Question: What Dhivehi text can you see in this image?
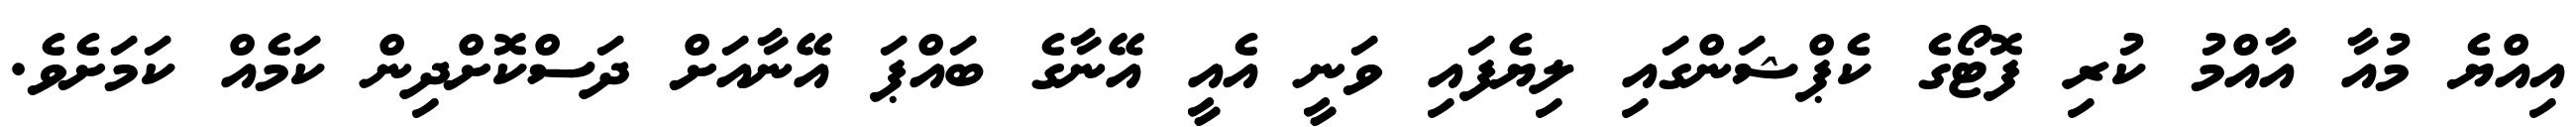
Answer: އިއްޔެ މުއާ އާއްމު ކުރި ފޮޓޯގެ ކެޕްޝަންގައި ލިޔެފައި ވަނީ އެއީ އޭނާގެ ބައްޕަ އޭނާއަށް ދަސްކޮށްދިން ކަމެއް ކަމަށެވެ.